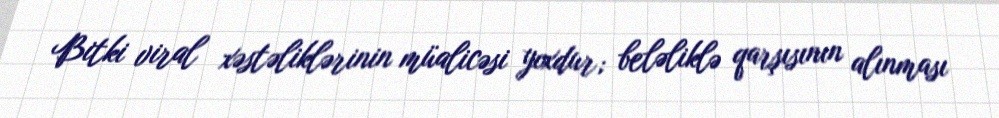
Bitki viral xəstəliklərinin müalicəsi yoxdur; beləliklə qarşısının alınması